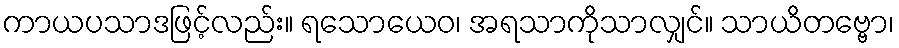
ကာယပသာဒဖြင့်လည်း။ ရသောယေဝ၊ အရသာကိုသာလျှင်။ သာယိတဗ္ဗော၊